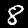
Digit: 8